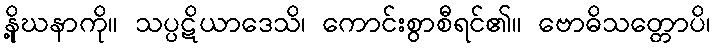
နို့ဃနာကို။ သပ္ပဋိယာဒေသိ၊ ကောင်းစွာစီရင်၏။ ဗောဓိသတ္တောပိ၊